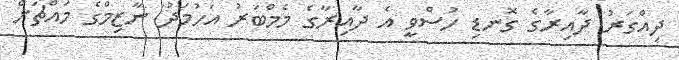
ދިއްގަރު ދާއިރާގެ ގޮނޑި ހުސްވީ އެ ދާއިރާގެ މެމްބަރު އަހުމަދު ނާޒިމްގެ މައްޗަށް